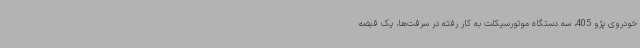
خودروی پژو 405، سه دستگاه موتورسیکلت به کار رفته در سرقت‌ها، یک قبضه